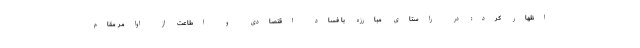
اظهار کرد: در راستای مبارزه با فساد اقتصادی و اطاعت از اوامر مقام